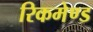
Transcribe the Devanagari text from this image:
रिकमेण्ड